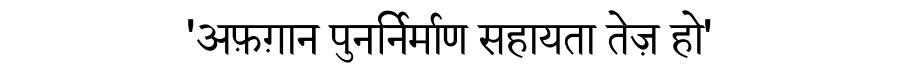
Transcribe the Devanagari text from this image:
'अफ़ग़ान पुनर्निर्माण सहायता तेज़ हो'